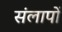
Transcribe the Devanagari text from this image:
संलापों